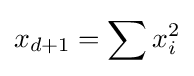
x_{d+1}=\sum x_{i}^{2}